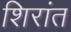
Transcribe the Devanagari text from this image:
शिरांत